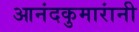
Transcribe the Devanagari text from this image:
आनंदकुमारांनी